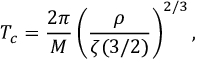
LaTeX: T _ { c } = { \frac { 2 \pi } { M } } \left( { \frac { \rho } { \zeta ( 3 / 2 ) } } \right) ^ { 2 / 3 } ,